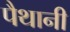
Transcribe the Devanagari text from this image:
पैथानी